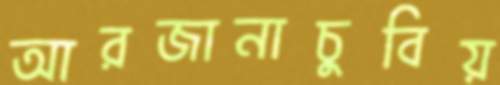
আরজানাচুবিয়